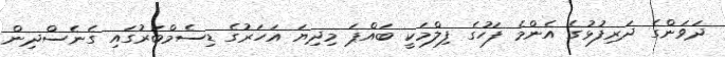
ދަވަންގެ ދަރިފުޅުގެ އެންމެ ފަހުގެ ފިލްމަކީ ބައްޕަ މިދިޔަ އަހަރުގެ ޑިސެމްބަރުގައި ގެނެސްދިން